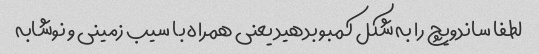
لطفا ساندویچ را به شکل کمبو بدهید یعنی همراه با سیب زمینی و نوشابه